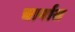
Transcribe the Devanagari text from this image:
चार्नास